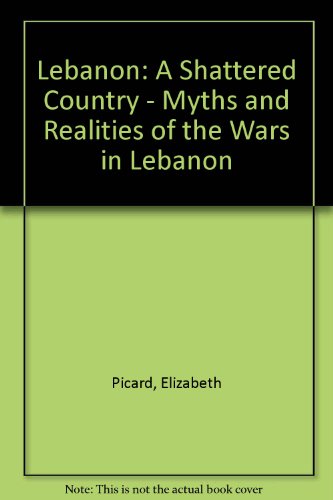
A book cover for Lebanon: A Shattered Country : Myths and Realities of the Wars in Lebanon; Elizabeth Picard; History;